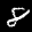
Label: 8